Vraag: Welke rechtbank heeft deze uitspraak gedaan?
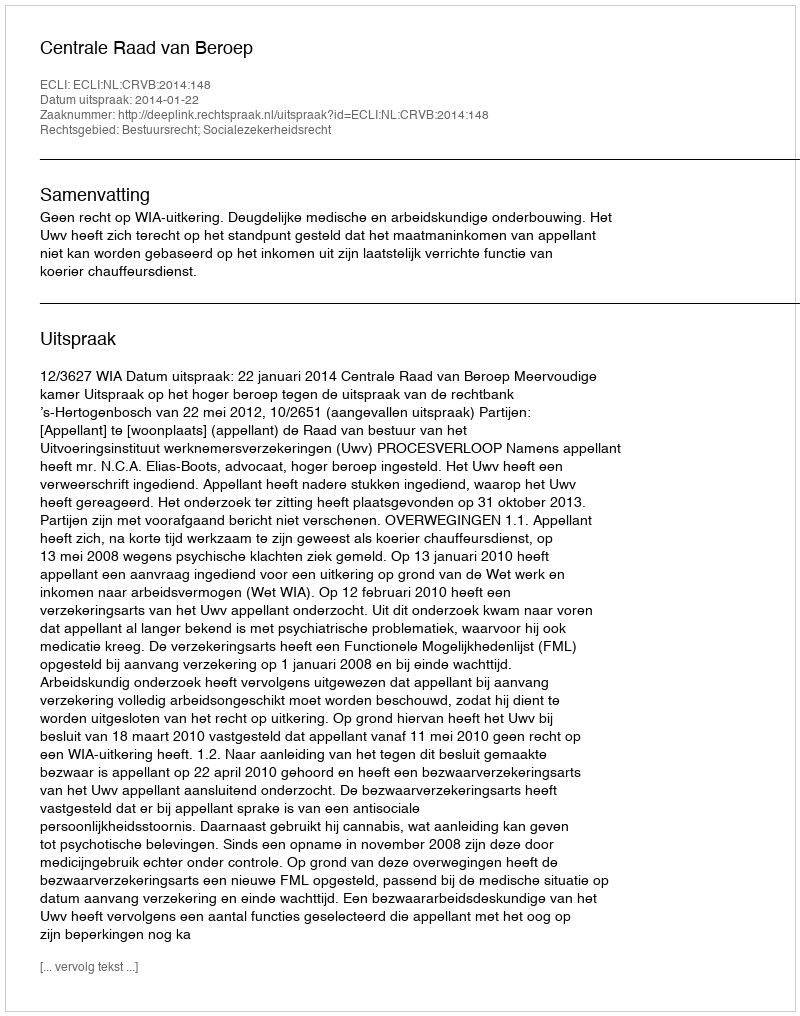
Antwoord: Centrale Raad van Beroep